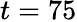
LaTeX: t=75